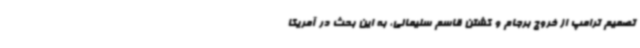
تصمیم ترامپ از خروج برجام و کشتن قاسم سلیمانی، به این بحث در آمریکا